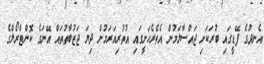
އެނދުގެ ފޭޑީގައި ބުރަކަށި ޖައްސާލަމުން އެތެރެހަށީގައި އުތުރިއަރަމުން ދިޔަ ޖަޒުބާތުތައް އޭނަގެ ކޮންޓްރޯލްގެ